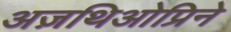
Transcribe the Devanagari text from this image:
अज़थिओप्रिने